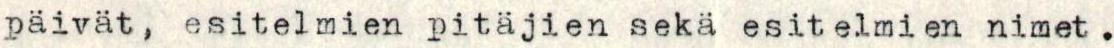
päivät, esitelmien pitäjien sekä esitelmien nimet.